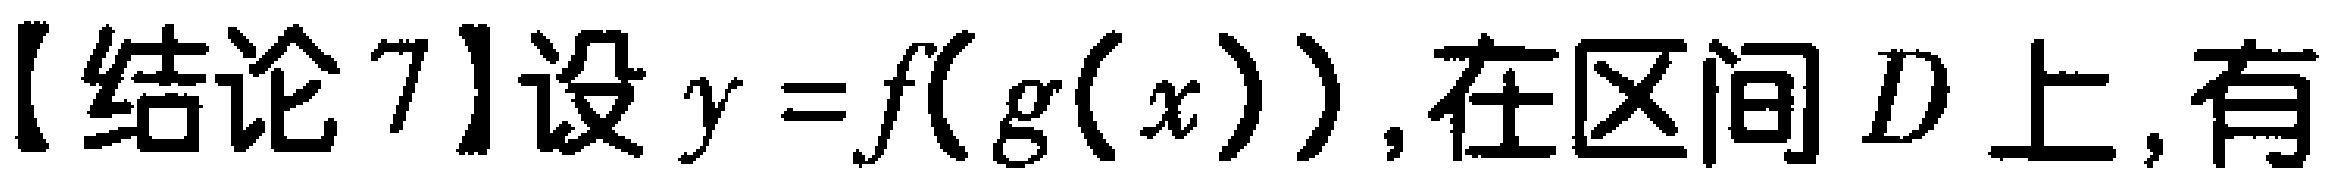
【结论7】设$y = f(g(x))$,在区间$D$上,有